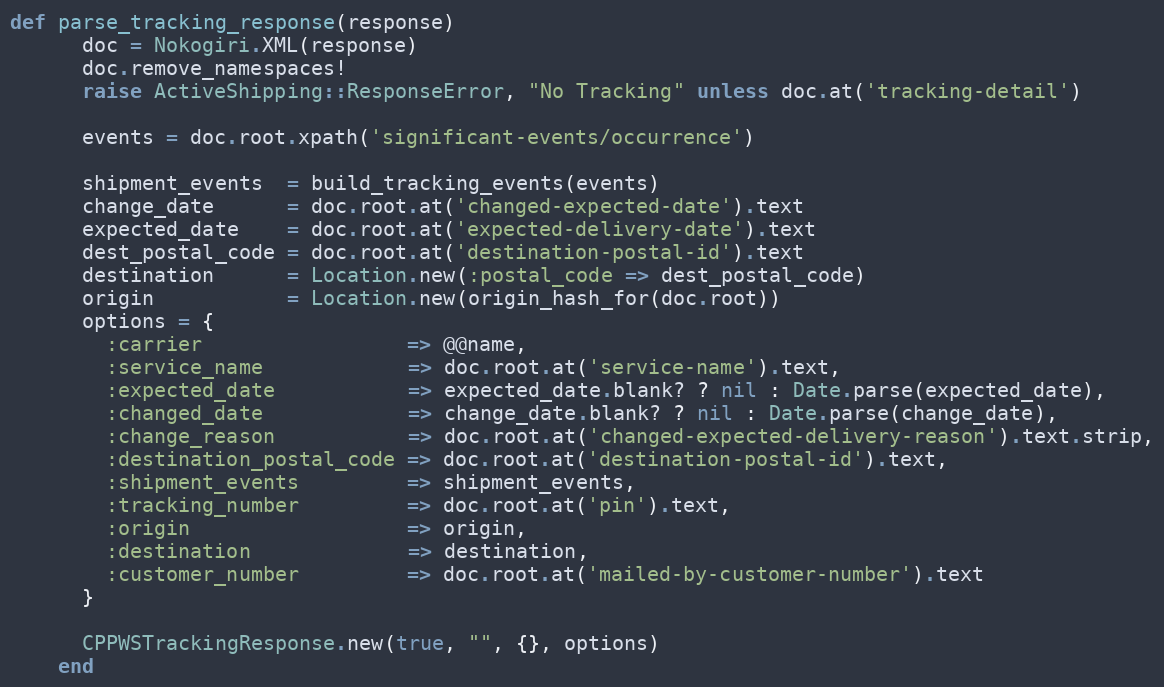
Language: Ruby
def parse_tracking_response(response)
      doc = Nokogiri.XML(response)
      doc.remove_namespaces!
      raise ActiveShipping::ResponseError, "No Tracking" unless doc.at('tracking-detail')

      events = doc.root.xpath('significant-events/occurrence')

      shipment_events  = build_tracking_events(events)
      change_date      = doc.root.at('changed-expected-date').text
      expected_date    = doc.root.at('expected-delivery-date').text
      dest_postal_code = doc.root.at('destination-postal-id').text
      destination      = Location.new(:postal_code => dest_postal_code)
      origin           = Location.new(origin_hash_for(doc.root))
      options = {
        :carrier                 => @@name,
        :service_name            => doc.root.at('service-name').text,
        :expected_date           => expected_date.blank? ? nil : Date.parse(expected_date),
        :changed_date            => change_date.blank? ? nil : Date.parse(change_date),
        :change_reason           => doc.root.at('changed-expected-delivery-reason').text.strip,
        :destination_postal_code => doc.root.at('destination-postal-id').text,
        :shipment_events         => shipment_events,
        :tracking_number         => doc.root.at('pin').text,
        :origin                  => origin,
        :destination             => destination,
        :customer_number         => doc.root.at('mailed-by-customer-number').text
      }

      CPPWSTrackingResponse.new(true, "", {}, options)
    end